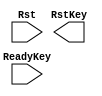
// EASE/HDL begin //////////////////////////////////////////////////////////////
// 
// module 'LogicReset'.
// 
////////////////////////////////////////////////////////////////////////////////

module LogicReset (Rst, ReadyKey, RstKey) ;
  input      Rst;
  input      ReadyKey;
  output     RstKey;


// EASE/HDL end ////////////////////////////////////////////////////////////////



endmodule // LogicReset